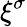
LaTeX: \xi^{\sigma}